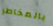
بالمخاطر